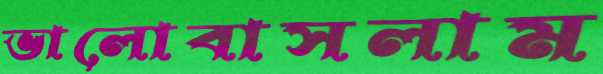
ভালোবাসলাম